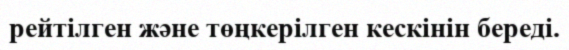
рейтілген және төңкерілген кескінін береді.